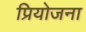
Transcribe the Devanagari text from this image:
प्रियोजना